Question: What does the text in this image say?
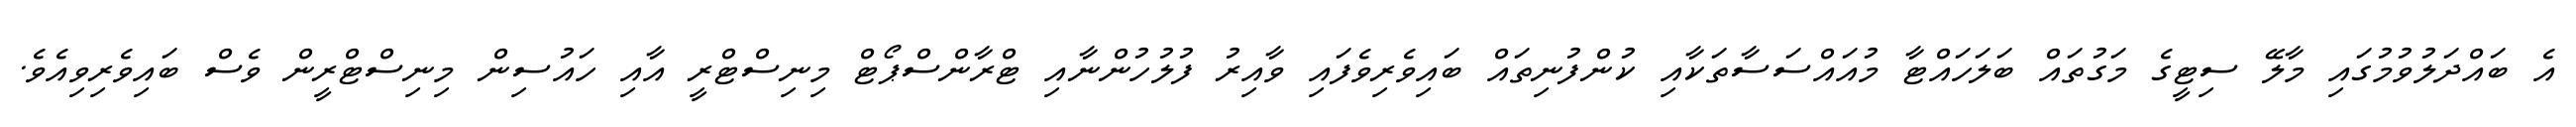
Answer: އެ ބައްދަލުވުމުގައި މާލޭ ސިޓީގެ މަގުތައް ބަލަހައްޓާ މުއައްސަސާތަކާއި ކުންފުނިތައް ބައިވެރިވެފައި ވާއިރު ފުލުހުންނާއި ޓްރާންސްޕޯޓް މިނިސްޓްރީ އާއި ހައުސިން މިނިސްޓްރީން ވެސް ބައިވެރިވިއެވެ.